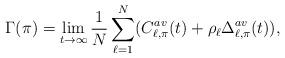
LaTeX: \begin{align*} \Gamma(\pi)&=\lim_{t\rightarrow \infty}\frac{1}{N}\sum_{\ell=1}^{N}( C_{\ell,\pi}^{av}(t)+\rho_{\ell}\Delta_{\ell,\pi}^{av}(t)),\end{align*}